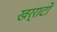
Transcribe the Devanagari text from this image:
खर्राटों